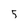
Character: 5